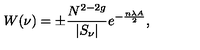
W ( \nu ) = \pm \frac { N ^ { 2 - 2 g } } { | S _ { \nu } | } e ^ { - \frac { n \lambda A } { 2 } } ,